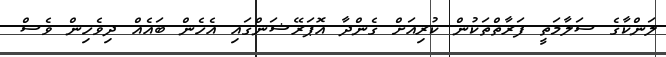
ލަންކާގެ ސަލާމަތީ ފަރާތްތަކުން ކުރިއަށް ގެންދާ އޮޕަރޭޝަންގައި އެހެން ބައެއް ދިވެހިން ވެސް